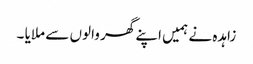
زاہدہ نے ہمیں اپنے گھر والوں سے ملایا ۔